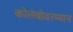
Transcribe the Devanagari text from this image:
कोलंबोदरम्यान